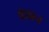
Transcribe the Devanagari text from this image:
ब्रन्नान